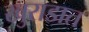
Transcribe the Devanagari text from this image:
खुराडात